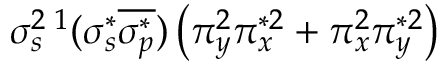
\sigma _ { s } ^ { 2 } { } \, ^ { 1 } ( \sigma _ { s } ^ { * } \overline { { \sigma _ { p } ^ { * } } } ) \left( \pi _ { y } ^ { 2 } \pi _ { x } ^ { * 2 } + \pi _ { x } ^ { 2 } \pi _ { y } ^ { * 2 } \right)